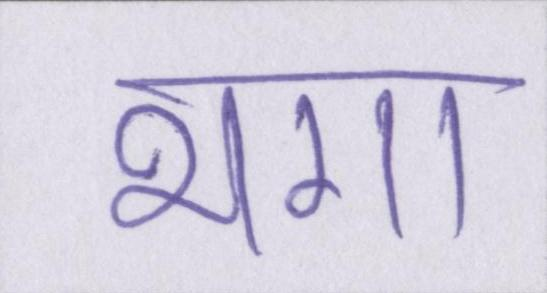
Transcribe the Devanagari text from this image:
भगा